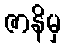
ဇာနိမှ